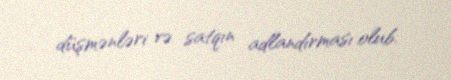
düşmənləri və satqın adlandırması olub.